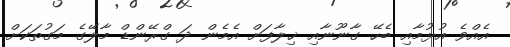
އެއްވެ އުޅުމާއި ބެހޭ ގާނޫނާއި ޚިލާފަށް އެމެން ދަ ގްރޭންޑް މާލޭގެ މަގުތަކަށް